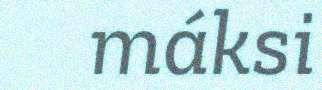
máksi